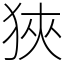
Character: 狹